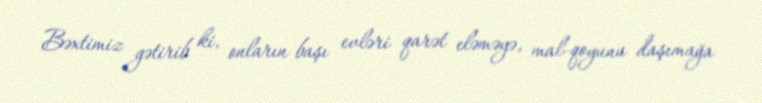
Bəxtimiz gətirib ki, onların başı evləri qarət eləməyə, mal-qoyunu daşımağa